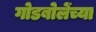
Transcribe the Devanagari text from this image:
गोडबोलेंच्या